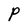
Character: P